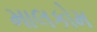
માલકોમ